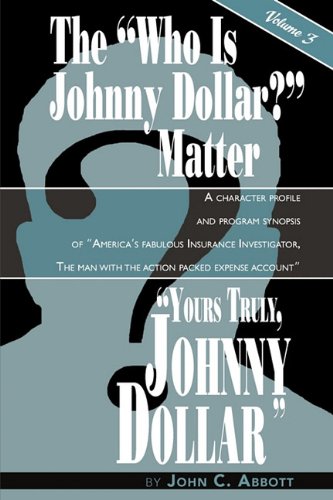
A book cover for Yours Truly, Johnny Dollar Vol. 3; John C. Abbott; Humor & Entertainment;